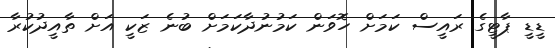
ޑީޑީ ޕާޓީގެ ރައީސް ކަމަށް ހޮވަން ކަމުނުދާކަމަށް ބުނެ ޒަކީ އަށް ތާއީދުކުރާ